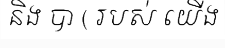
និង បា ( របស់ យើង